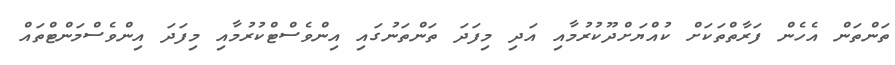
ތަންތަން އެހެން ފަރާތްތަކަށް ކުއްޔަށްދޫކުރުމާއި އަދި މިފަދަ ތަންތަނުގައި އިންވެސްޓްކުރުމާއި މިފަދަ އިންވެސްމަންޓްތައް